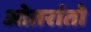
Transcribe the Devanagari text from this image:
ओतरांतो